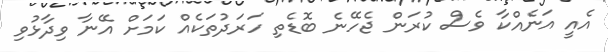
އެއީ އަނެއްކާ ވެސް ކުރަން ޖެހޭނެ ބޮޑެތި ހަރަދުތަކެއް ކަމަށް އޭނާ ވިދާޅުވި